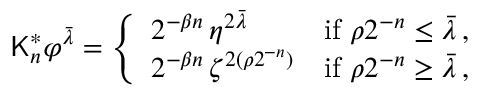
\mathsf { K } _ { n } ^ { * } \varphi ^ { \bar { \lambda } } = \left\{ \begin{array} { l l } { 2 ^ { - \beta n } \, \eta ^ { 2 \bar { \lambda } } } & { \mathrm { i f ~ } \rho 2 ^ { - n } \le \bar { \lambda } \, , } \\ { 2 ^ { - \beta n } \, \zeta ^ { 2 ( \rho 2 ^ { - n } ) } } & { \mathrm { i f ~ } \rho 2 ^ { - n } \ge \bar { \lambda } \, , } \end{array} \right.